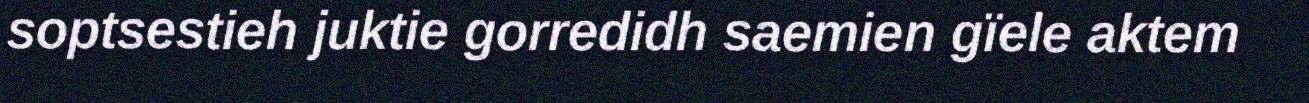
soptsestieh juktie gorredidh saemien gïele aktem